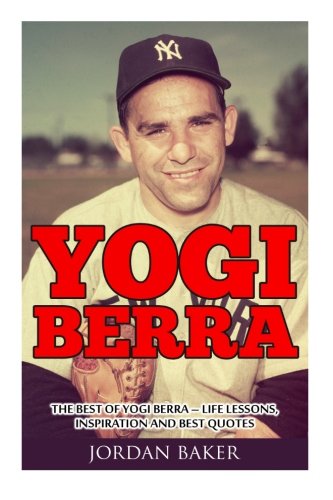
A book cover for Yogi Berra: The Best of Yogi Berra - Life Lessons, Inspiration And Best Quotes (Yogi Berra Biography, Baseball, Inspirational Books); Jordan Baker; Biographies & Memoirs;